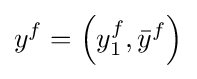
y^{f}=\left(y_{1}^{f},{\bar {y}}^{f}\right)